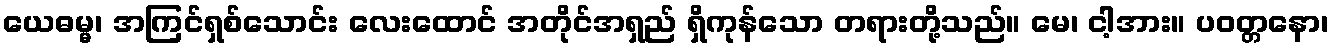
ယေဓမ္မ၊ အကြင်ရှစ်သောင်း လေးထောင် အတိုင်အရှည် ရှိကုန်သော တရားတို့သည်။ မေ၊ ငါ့အား။ ပဝတ္တနော၊